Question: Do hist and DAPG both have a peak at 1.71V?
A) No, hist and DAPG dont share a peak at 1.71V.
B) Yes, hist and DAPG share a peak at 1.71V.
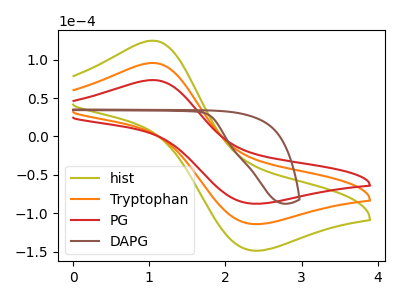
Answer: <think>The olive curve "hist" has an anodic peak at (1.05V, 191.35uA) and a cathodic peak at (2.35V, -227.80uA). The orange curve "Tryptophan" has an anodic peak at (1.05V, 95.70uA) and a cathodic peak at (2.35V, -113.90uA). The red curve "PG" has an anodic peak at (1.05V, 73.40uA) and a cathodic peak at (2.35V, -87.40uA). The brown curve "DAPG" has no peaks.</think>
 <answer>A) No, "hist" and "DAPG" dont share a peak at 1.71V.</answer>
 <eval>A</eval>